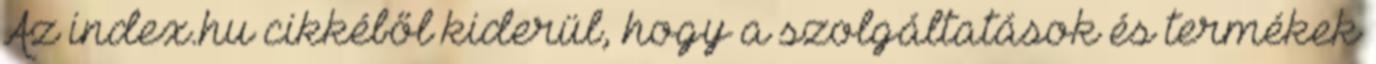
Az index.hu cikkéből kiderül, hogy a szolgáltatások és termékek